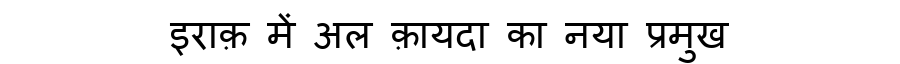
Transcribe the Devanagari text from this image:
इराक़ में अल क़ायदा का नया प्रमुख